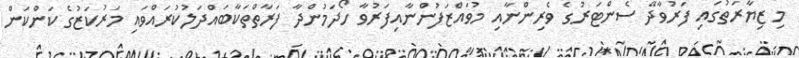
މި ޒިޔާރަތުގައި ފަރުވާދޭ ސެންޓަރުގެ ވެރިންނާއި މުވައްޒަފުންނާއިފަރުވާ ހޯދަމުންދާ ފަރާތްތަކާބައްދަލުކުރައްވައި މަރުކަޒުގެ ކަންކަން